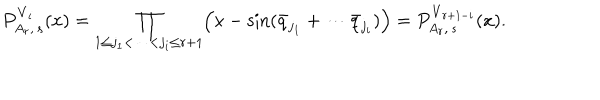
P _ { A _ { r } , \, s } ^ { { \bf V } _ { i } } ( x ) = \prod _ { 1 \leq j _ { 1 } < \cdots < j _ { i } \leq r + 1 } \Bigl ( x - \sin ( \bar { q } _ { j _ { 1 } } + \cdots \bar { q } _ { j _ { i } } ) \Bigr ) = P _ { A _ { r } , \, s } ^ { { \bf V } _ { r + 1 - i } } ( x ) .